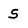
Character: 5